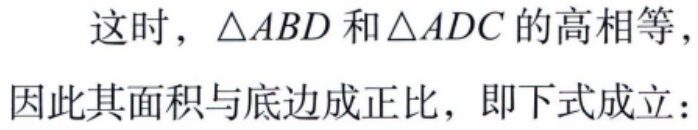
这时，\(\triangle ABD\)和\(\triangle ADC\)的高相等，

因此其面积与底边成正比，即下式成立：